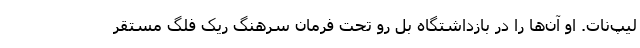
لیپ‌نات. او آن‌ها را در بازداشتگاه بل رو تحت فرمان سرهنگ ریک فلگ مستقر